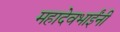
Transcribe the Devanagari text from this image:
महादेवभाईंनी